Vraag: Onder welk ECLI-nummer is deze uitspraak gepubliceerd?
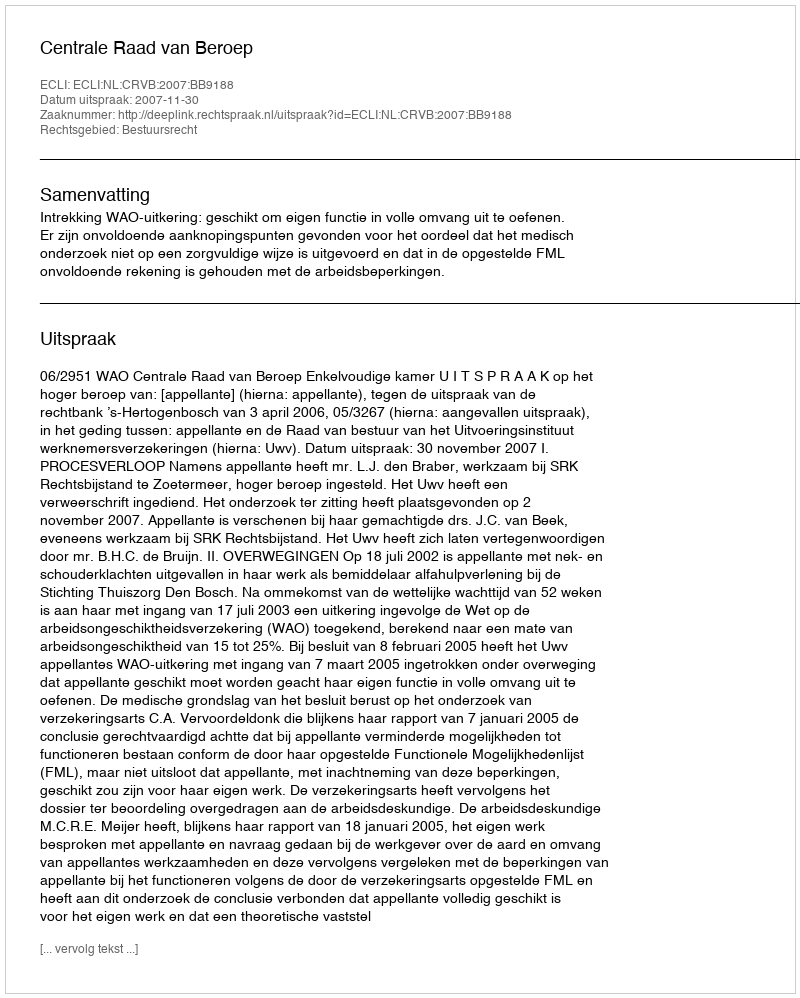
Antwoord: ECLI:NL:CRVB:2007:BB9188